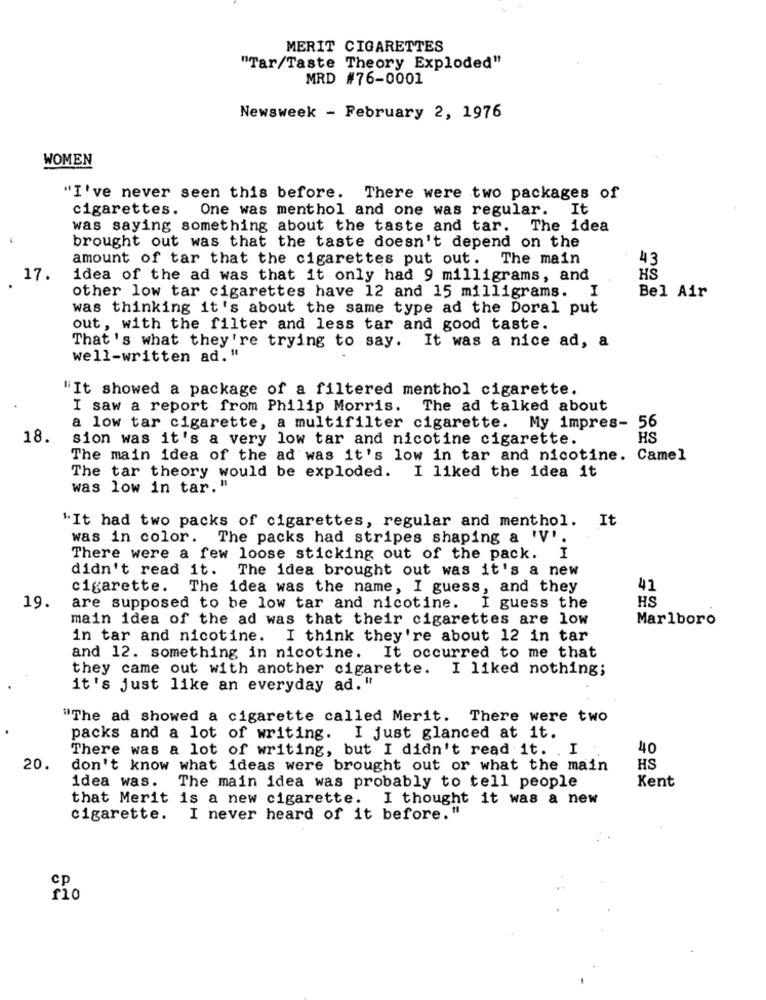
MERIT CIGARETTES
"Tar/Taste Theory Exploded"
MRD #76-0001
Newsweek - February 2, 1976
WOMEN
"I've never seen this before. There were two packages of
cigarettes. One was menthol and one was regular.
It
was saying something about the taste and tar. The idea
brought out was that the taste doesn't depend on the
amount of tar that the cigarettes put out. The main
43
17.
idea of the ad was that it only had 9 milligrams, and
HS
other low tar cigarettes have 12 and 15 milligrams. I
Bel Air
was thinking it's about the same type ad the Doral put
out, with the filter and less tar and good taste.
That's what they're trying to say. It was a nice ad, a
well-written ad."
"It showed a package of a filtered menthol cigarette.
I saw a report from Philip Morris. The ad talked about
a low tar cigarette, a multifilter cigarette. My impres- 56
18.
sion was it's a very low tar and nicotine cigarette.
HS
The main idea of the ad was it's low in tar and nicotine. Camel
The tar theory would be exploded. I liked the idea it
was low in tar.'
"It had two packs of cigarettes, regular and menthol. It
was in color. The packs had stripes shaping a 'V'.
There were a few loose sticking out of the pack. I
didn't read it.
The idea brought out was it's a new
cigarette.
The idea was the name, I guess, and they
41
HS
19.
are supposed to be low tar and nicotine.
I guess the
main idea of the ad was that their cigarettes are low
Marlboro
in tar and nicotine. I think they're about 12 in tar
and 12. something in nicotine. It occurred to me that
they came out with another cigarette. I liked nothing;
it's just like an everyday ad."
"The ad showed a cigarette called Merit. There were two
packs and a lot of writing. I just glanced at it.
There was a lot of writing, but I didn't read it. . I .
40
20.
don't know what ideas were brought out or what the main
HS
Kent
idea was. The main idea was probably to tell people
that Merit is a new cigarette. I thought it was a new
cigarette. I never heard of it before.
CP
rio